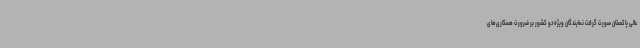
عالی پاکستان صورت گرفت نمایندگان ویژه دو کشور بر ضرورت همکاری‌های